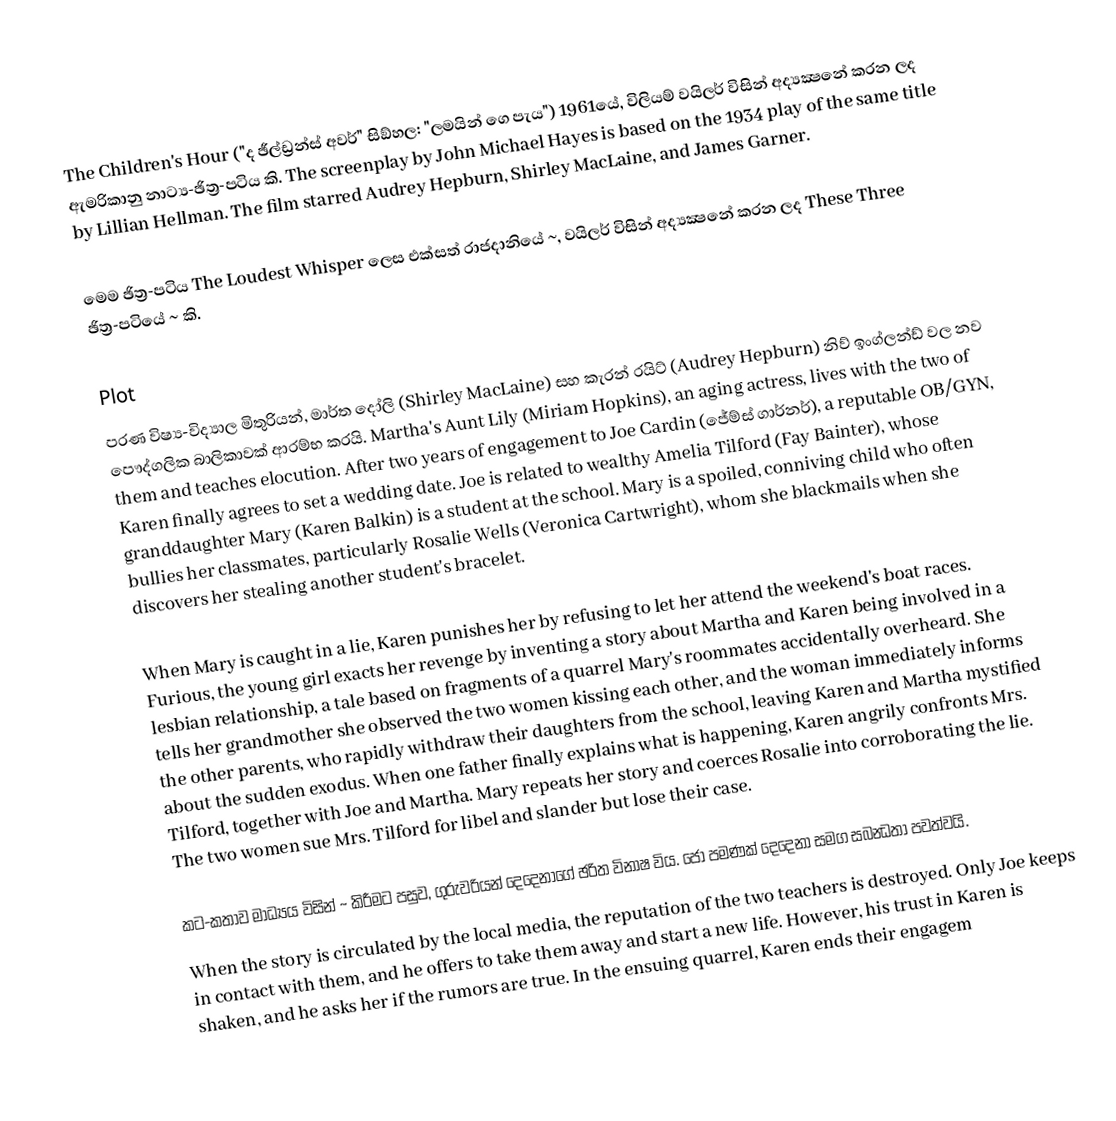
The Children's Hour ("ද ඡීල්ඩ්‍රන්ස් අවර්" සිඞ්හල: "ලමයින් ගෙ පැය") 1961යේ, විලියම් වයිලර් විසින් අද්‍යක්‍ෂනේ කරන ලද ඇමරිකානු නාට්‍ය-ඡිත්‍ර-පටිය කි. The screenplay by John Michael Hayes is based on the 1934 play of the same title by Lillian Hellman. The film starred Audrey Hepburn, Shirley MacLaine, and James Garner.

මෙම ඡිත්‍ර-පටිය The Loudest Whisper ලෙස එක්සත් රාජදානියේ ~, වයිලර් විසින් අද්‍යක්‍ෂනේ කරන ලද These Three ඡිත්‍ර-පටියේ ~ කි.

Plot
පරණ විෂ්‍ය-විද්‍යාල මිතුරියන්, මාර්ත දෝලි (Shirley MacLaine) සහ කැරන් රයිට් (Audrey Hepburn) නිව් ඉංග්ලන්ඩ් වල නව පෞද්‍ගලික බාලිකාවක් ආරම්භ කරයි. Martha's Aunt Lily (Miriam Hopkins), an aging actress, lives with the two of them and teaches elocution. After two years of engagement to Joe Cardin (ජේම්ස් ගාර්නර්), a reputable OB/GYN, Karen finally agrees to set a wedding date. Joe is related to wealthy Amelia Tilford (Fay Bainter), whose granddaughter Mary (Karen Balkin) is a student at the school. Mary is a spoiled, conniving child who often bullies her classmates, particularly Rosalie Wells (Veronica Cartwright), whom she blackmails when she discovers her stealing another student's bracelet.

When Mary is caught in a lie, Karen punishes her by refusing to let her attend the weekend's boat races. Furious, the young girl exacts her revenge by inventing a story about Martha and Karen being involved in a lesbian relationship, a tale based on fragments of a quarrel Mary's roommates accidentally overheard. She tells her grandmother she observed the two women kissing each other, and the woman immediately informs the other parents, who rapidly withdraw their daughters from the school, leaving Karen and Martha mystified about the sudden exodus. When one father finally explains what is happening, Karen angrily confronts Mrs. Tilford, together with Joe and Martha. Mary repeats her story and coerces Rosalie into corroborating the lie. The two women sue Mrs. Tilford for libel and slander but lose their case.

කට-කතාව මාධ්‍යය විසින් ~ කිරීමට පසුව, ගුරුවරියන් දෙදෙනාගේ ඡරිත විනාෂ විය. ජෝ පමණක් දෙදෙනා සමග සබන්‍ධතා පවත්වයි.
When the story is circulated by the local media, the reputation of the two teachers is destroyed. Only Joe keeps in contact with them, and he offers to take them away and start a new life. However, his trust in Karen is shaken, and he asks her if the rumors are true. In the ensuing quarrel, Karen ends their engagem